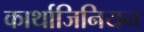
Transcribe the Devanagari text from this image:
कार्थाजिनियन